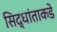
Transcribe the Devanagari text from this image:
सिद्धांताकडे